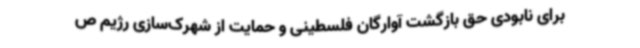
برای نابودی حق بازگشت آوارگان فلسطینی و حمایت از شهرک‌سازی رژیم ص